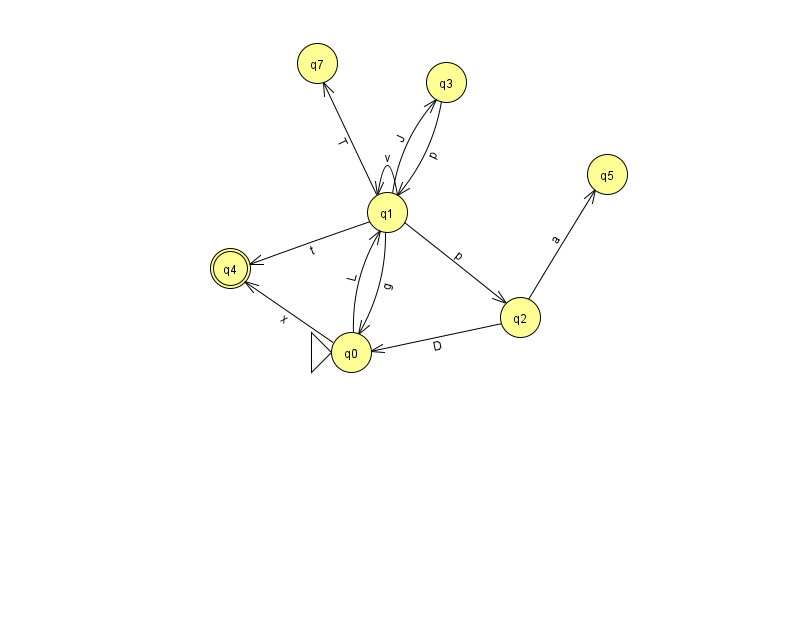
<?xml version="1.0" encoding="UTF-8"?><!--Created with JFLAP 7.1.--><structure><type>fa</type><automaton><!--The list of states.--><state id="0" name="q0"><x>351.0</x><y>339.0</y><initial/></state><state id="1" name="q1"><x>387.0</x><y>199.0</y></state><state id="2" name="q2"><x>520.0</x><y>304.0</y></state><state id="3" name="q3"><x>446.0</x><y>69.0</y></state><state id="4" name="q4"><x>230.0</x><y>255.0</y><final/></state><state id="5" name="q5"><x>607.0</x><y>161.0</y></state><state id="7" name="q7"><x>317.0</x><y>50.0</y></state><!--The list of transitions.--><transition><from>1</from><to>4</to><read>t</read></transition><transition><from>2</from><to>5</to><read>a</read></transition><transition><from>1</from><to>7</to><read>T</read></transition><transition><from>1</from><to>0</to><read>g</read></transition><transition><from>1</from><to>1</to><read>v</read></transition><transition><from>3</from><to>1</to><read>p</read></transition><transition><from>1</from><to>2</to><read>p</read></transition><transition><from>1</from><to>3</to><read>J</read></transition><transition><from>2</from><to>0</to><read>D</read></transition><transition><from>0</from><to>1</to><read>L</read></transition><transition><from>0</from><to>4</to><read>x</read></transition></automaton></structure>